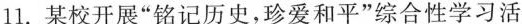
11.某校开展“铭记历史，珍爱和平”综合性学习活